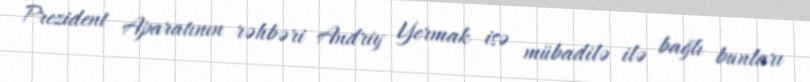
Prezident Aparatının rəhbəri Andriy Yermak isə mübadilə ilə bağlı bunları